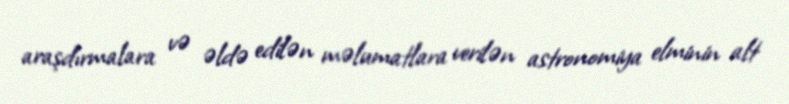
araşdırmalara və əldə edilən məlumatlara verilən astronomiya elminin alt